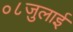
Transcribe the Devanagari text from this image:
०८जुलाई